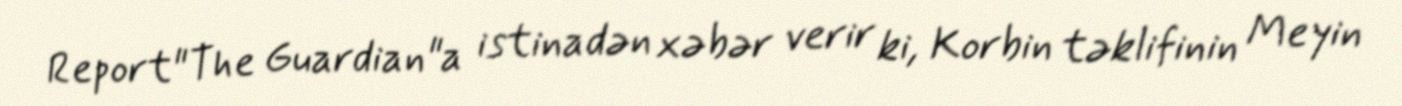
Report"The Guardian"a istinadən xəbər verir ki, Korbin təklifinin Meyin